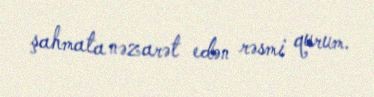
şahmata nəzarət edən rəsmi qurum.